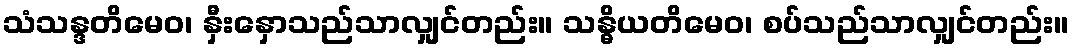
သံသန္ဒတိမေဝ၊ နှီးနှောသည်သာလျှင်တည်း။ သန္ဓိယတိမေဝ၊ စပ်သည်သာလျှင်တည်း။